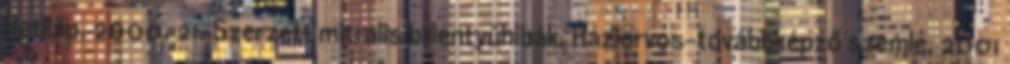
Hetilap, 2000. 21. Szerzett mitralis billentyűhibák. Háziorvos-továbbképző szemle, 2001